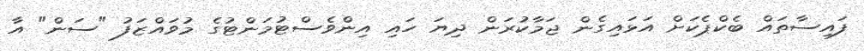
ފައިސާތައް ބެކްޕެކަށް އަޅައިގެން ޖަމާކުރަން ދިޔަ ހައި އިންވެސްޓުމަންޓުގެ މުވައްޒަފު "ސަން" އާ